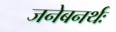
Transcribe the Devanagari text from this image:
जनेबनर्थः